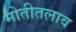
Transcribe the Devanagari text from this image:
मोतीतलाव